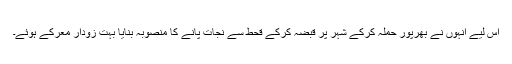
اس لیے انہوں نے بھرپور حملہ کرکے شہر پر قبضہ کرکے قحط سے نجات پانے کا منصوبہ بنایا بہت زودار معرکے ہوئے۔